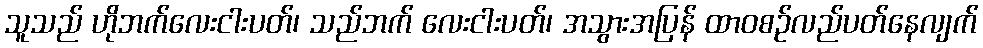
သူသည် ဟိုဘက်လေးငါးပတ်၊ သည်ဘက် လေးငါးပတ်၊ အသွားအပြန် ထာဝစဉ်လည်ပတ်နေလျက်